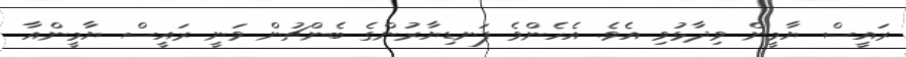
ރައީސް ޔާމީން ވިދާޅުވި އެވެ. އެހެންވެ ފަނޑިޔާރުންގެ ބެންޗުން ވަނީ ރައީސް ޔާމީންއާ